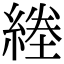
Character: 𦂙